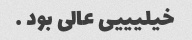
خیلیییی عالی بود …